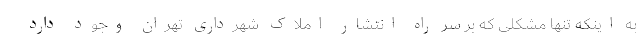
به اینکه تنها مشکلی که بر سر راه انتشار املاک شهرداری تهران وجود دارد